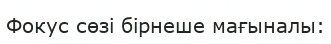
Фокус сөзі бірнеше мағыналы: